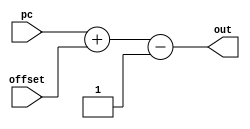
`timescale 1ns / 1ps

module PCAndOffset(
    input [7:0] pc,
    input [7:0] offset,
    output [7:0] out);
    
    assign out = pc + offset - 1;
endmodule